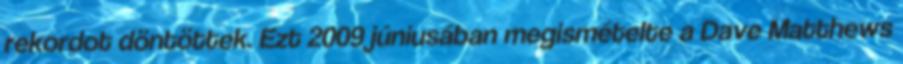
rekordot döntöttek. Ezt 2009 júniusában megismételte a Dave Matthews